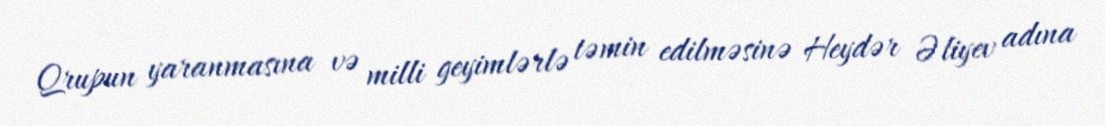
Qrupun yaranmasına və milli geyimlərlə təmin edilməsinə Heydər Əliyev adına